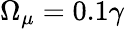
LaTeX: \Omega_{\mu}=0.1\gamma